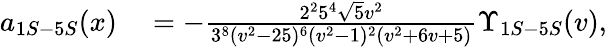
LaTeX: \begin{array}{rl}{a_{1S-5S}(x)}&{{}=-\frac{2^{2}5^{4}\sqrt{5}v^{2}}{3^{8}(v^{2}-25)^{6}(v^{2}-1)^{2}(v^{2}+6v+5)}\Upsilon_{1S-5S}(v),}\end{array}